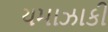
યમાઝાકી